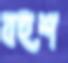
বহুশ